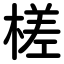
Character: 槎